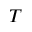
T